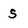
Character: s